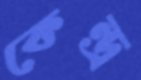
কেন্দ্র